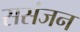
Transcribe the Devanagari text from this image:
ससंजन